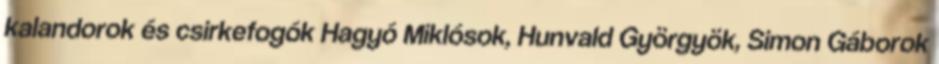
kalandorok és csirkefogók Hagyó Miklósok, Hunvald Györgyök, Simon Gáborok